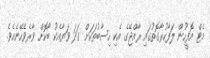
މެޓް އޮފީހުން ލަފާކުރާގޮތުގައި ރާއްޖޭގެ އެކި ހިސާބުތަކަށް ގަދަ ވަޔާއެކު ބޯކޮށް ވާރެވެހޭނެއެވެ.